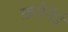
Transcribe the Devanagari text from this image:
ख़मेनेई